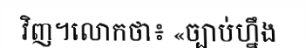
វិញ។លោកថា៖ «ច្បាប់ហ្នឹង